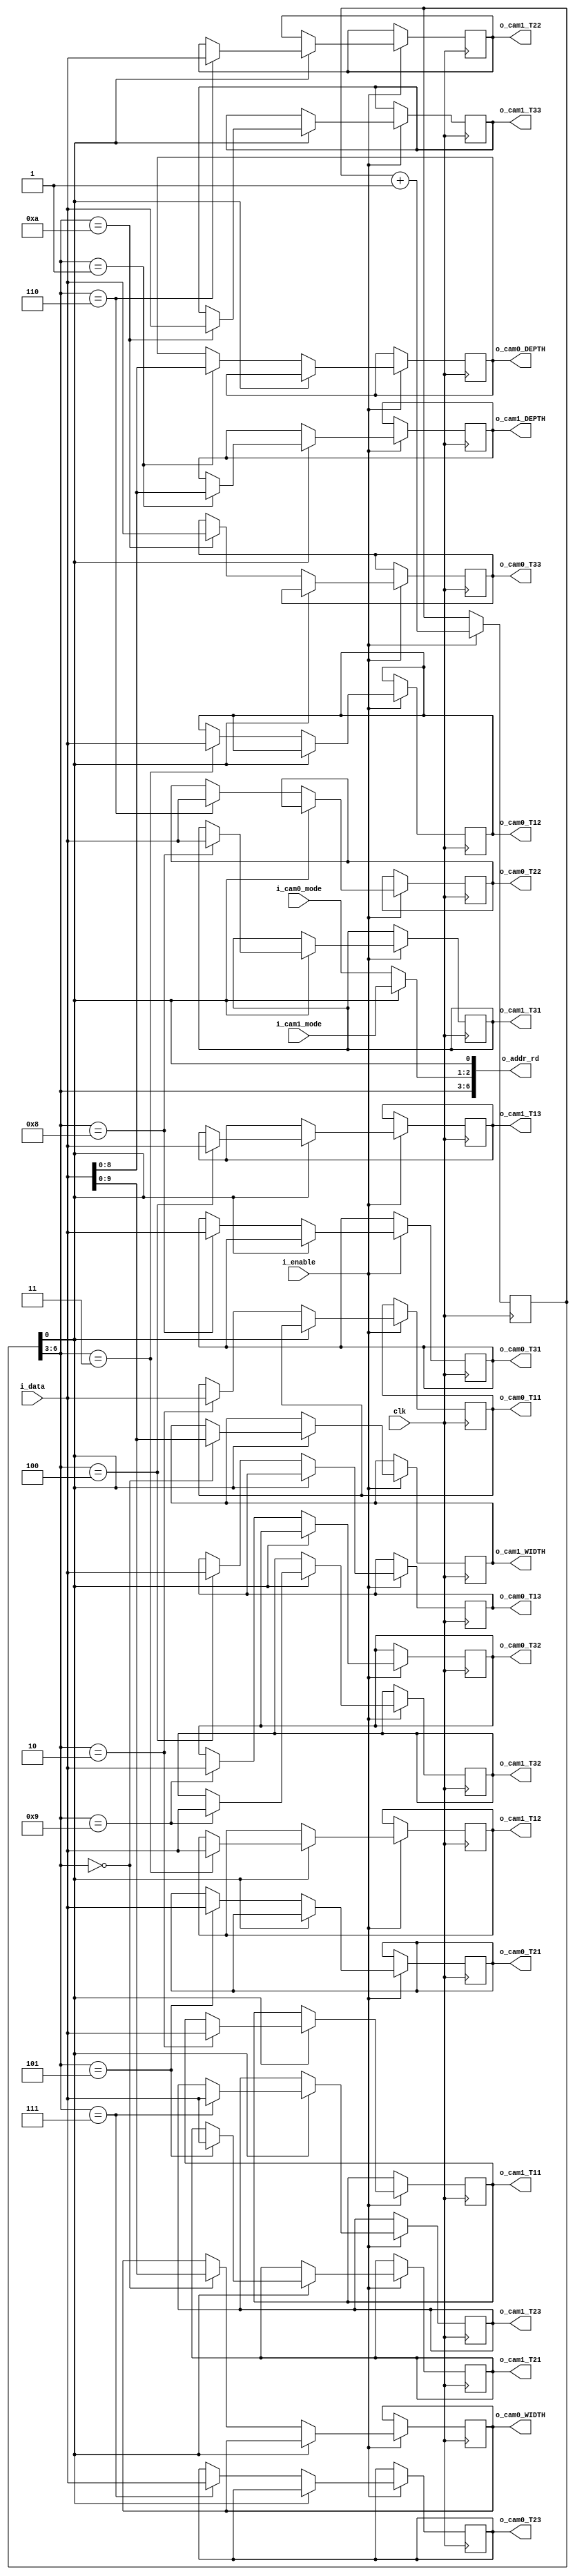
// Default parameters for image transform module
// Four MSB are actual registers
// next two bits are one of modes selected by swishes. 4 modes are avilable
// LSB are camera bit. avilable two cameras. Camera 0 and camera 1.
//  
//
module reg_reader #(parameter
                CAM_LINE        = 9,
                CAM_PIXEL       = 10//,
)(
    input                   clk,
    input                   i_enable,
    input  [24:0]           i_data,
    output [6:0]            o_addr_rd,
    // camera modes from input swiches
    input  [1:0]            i_cam0_mode,
    input  [1:0]            i_cam1_mode,

    // 1st camera
    output [CAM_PIXEL-1:0]  o_cam0_WIDTH,
    output [CAM_LINE-1:0]   o_cam0_DEPTH,
    output [24:0]           o_cam0_T11,
    output [24:0]           o_cam0_T12,
    output [24:0]           o_cam0_T13,
    output [24:0]           o_cam0_T21,
    output [24:0]           o_cam0_T22,
    output [24:0]           o_cam0_T23,
    output [24:0]           o_cam0_T31,
    output [24:0]           o_cam0_T32,
    output [24:0]           o_cam0_T33,

    // 2nd camera
    output [CAM_PIXEL-1:0]  o_cam1_WIDTH,
    output [CAM_LINE-1:0]   o_cam1_DEPTH,
    output [24:0]           o_cam1_T11,
    output [24:0]           o_cam1_T12,
    output [24:0]           o_cam1_T13,
    output [24:0]           o_cam1_T21,
    output [24:0]           o_cam1_T22,
    output [24:0]           o_cam1_T23,
    output [24:0]           o_cam1_T31,
    output [24:0]           o_cam1_T32,
    output [24:0]           o_cam1_T33
);

// Internal variables and registers

reg [6:0]   r_count = 'b0;
reg [24:0]  r_data = 'b0;

reg [CAM_PIXEL-1:0]         r_cam0_WIDTH   = 'b0;// 'd320;
reg [CAM_LINE-1:0]          r_cam0_DEPTH   = 'b0;// 'd240;
reg [24:0]                  r_cam0_T11 = 'b0;// 25'b0_000000000000_100000000000;
reg [24:0]                  r_cam0_T12 = 'b0;// 25'b0_000000000000_000000000000;
reg [24:0]                  r_cam0_T13 = 'b0;// 25'b0_000000000000_000000000000;
reg [24:0]                  r_cam0_T21 = 'b0;// 25'b0_000000000000_000000000000;
reg [24:0]                  r_cam0_T22 = 'b0;// 25'b0_000000000000_100000000000;
reg [24:0]                  r_cam0_T23 = 'b0;// 25'b0_000000000000_000000000000;
reg [24:0]                  r_cam0_T31 = 'b0;// 25'b0_000000000000_000000000000;
reg [24:0]                  r_cam0_T32 = 'b0;// 25'b0_000000000000_000000000000;
reg [24:0]                  r_cam0_T33 = 'b0;// 25'b0_000000000001_000000000000;

reg [CAM_PIXEL-1:0]         r_cam1_WIDTH   = 'b0;// 'd320;
reg [CAM_LINE-1:0]          r_cam1_DEPTH   = 'b0;// 'd240;
reg [24:0]                  r_cam1_T11 = 'b0;// 25'b0_000000000000_100000000000;
reg [24:0]                  r_cam1_T12 = 'b0;// 25'b0_000000000000_000000000000;
reg [24:0]                  r_cam1_T13 = 'b0;// 25'b0_000000000000_000000000000;
reg [24:0]                  r_cam1_T21 = 'b0;// 25'b0_000000000000_000000000000;
reg [24:0]                  r_cam1_T22 = 'b0;// 25'b0_000000000000_100000000000;
reg [24:0]                  r_cam1_T23 = 'b0;// 25'b0_000000000000_000000000000;
reg [24:0]                  r_cam1_T31 = 'b0;// 25'b0_000000000000_000000000000;
reg [24:0]                  r_cam1_T32 = 'b0;// 25'b0_000000000000_000000000000;
reg [24:0]                  r_cam1_T33 = 'b0;// 25'b0_000000000001_000000000000;



//--------------------------- synchonus logic------------------
always @ (posedge clk) begin
    if(i_enable)begin
        r_count <= r_count + 1;
    end

if(i_enable) begin
     case (r_count[0])
        'b0 :   begin
         case (r_count[6:3])
            'd0   : r_cam0_WIDTH <= i_data[CAM_PIXEL-1:0];
            'd1   : r_cam0_DEPTH <= i_data[CAM_LINE-1:0];
            'd2   : r_cam0_T11 <= i_data;
            'd3   : r_cam0_T12 <= i_data;
            'd4   : r_cam0_T13 <= i_data;
            'd5   : r_cam0_T21 <= i_data;
            'd6   : r_cam0_T22 <= i_data;
            'd7   : r_cam0_T23 <= i_data;
            'd8   : r_cam0_T31 <= i_data;  
            'd9   : r_cam0_T32 <= i_data;
            'd10  : r_cam0_T33 <= i_data;           
            default:  ;
        endcase
            end
        'b1 :   begin
         case (r_count[6:3])
            'd0   : r_cam1_WIDTH <= i_data[CAM_PIXEL-1:0];
            'd1   : r_cam1_DEPTH <= i_data[CAM_LINE-1:0];
            'd2   : r_cam1_T11 <= i_data;
            'd3   : r_cam1_T12 <= i_data;
            'd4   : r_cam1_T13 <= i_data;
            'd5   : r_cam1_T21 <= i_data;
            'd6   : r_cam1_T22 <= i_data;
            'd7   : r_cam1_T23 <= i_data;
            'd8   : r_cam1_T31 <= i_data;  
            'd9   : r_cam1_T32 <= i_data;
            'd10  : r_cam1_T33 <= i_data;         
            default:  ;
        endcase
            end
    endcase


end
end

//------------------ combinational logic ----------------------

assign o_addr_rd = {r_count[6:3], (r_count[0])? i_cam1_mode : i_cam0_mode , r_count[0] };

// 1st camera
assign o_cam0_WIDTH = r_cam0_WIDTH;
assign o_cam0_DEPTH = r_cam0_DEPTH;
assign o_cam0_T11 = r_cam0_T11;
assign o_cam0_T12 = r_cam0_T12;
assign o_cam0_T13 = r_cam0_T13;
assign o_cam0_T21 = r_cam0_T21;
assign o_cam0_T22 = r_cam0_T22;
assign o_cam0_T23 = r_cam0_T23;
assign o_cam0_T31 = r_cam0_T31;
assign o_cam0_T32 = r_cam0_T32;
assign o_cam0_T33 = r_cam0_T33;

// 2nd camera
assign o_cam1_WIDTH = r_cam1_WIDTH;
assign o_cam1_DEPTH = r_cam1_DEPTH;
assign o_cam1_T11 = r_cam1_T11;
assign o_cam1_T12 = r_cam1_T12;
assign o_cam1_T13 = r_cam1_T13;
assign o_cam1_T21 = r_cam1_T21;
assign o_cam1_T22 = r_cam1_T22;
assign o_cam1_T23 = r_cam1_T23;
assign o_cam1_T31 = r_cam1_T31;
assign o_cam1_T32 = r_cam1_T32;
assign o_cam1_T33 = r_cam1_T33;


endmodule